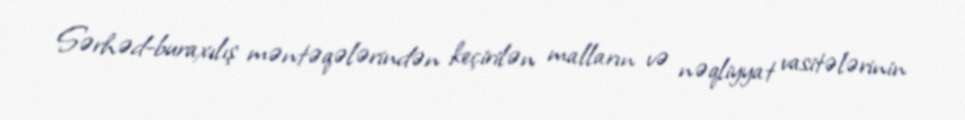
Sərhəd-buraxılış məntəqələrindən keçirilən malların və nəqliyyat vasitələrinin